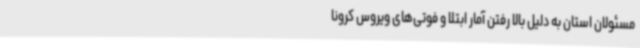
مسئولان استان به دلیل بالا رفتن آمار ابتلا و فوتی‌های ویروس کرونا